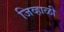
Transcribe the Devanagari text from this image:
जिव्हाळी